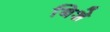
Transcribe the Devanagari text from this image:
बिशे